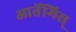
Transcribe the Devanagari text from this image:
आर्तेमिस्‌